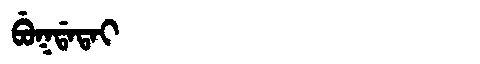
Manchu: ᠪᡠᡴᡩᠠᡨᠠᡳ
Romanization: BUKDATAI